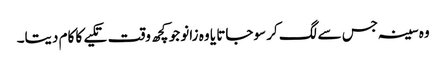
وہ سینہ جس سے لگ کر سوجاتا یا وہ زانو جو کچھ وقت تکیے کا کام دیتا۔